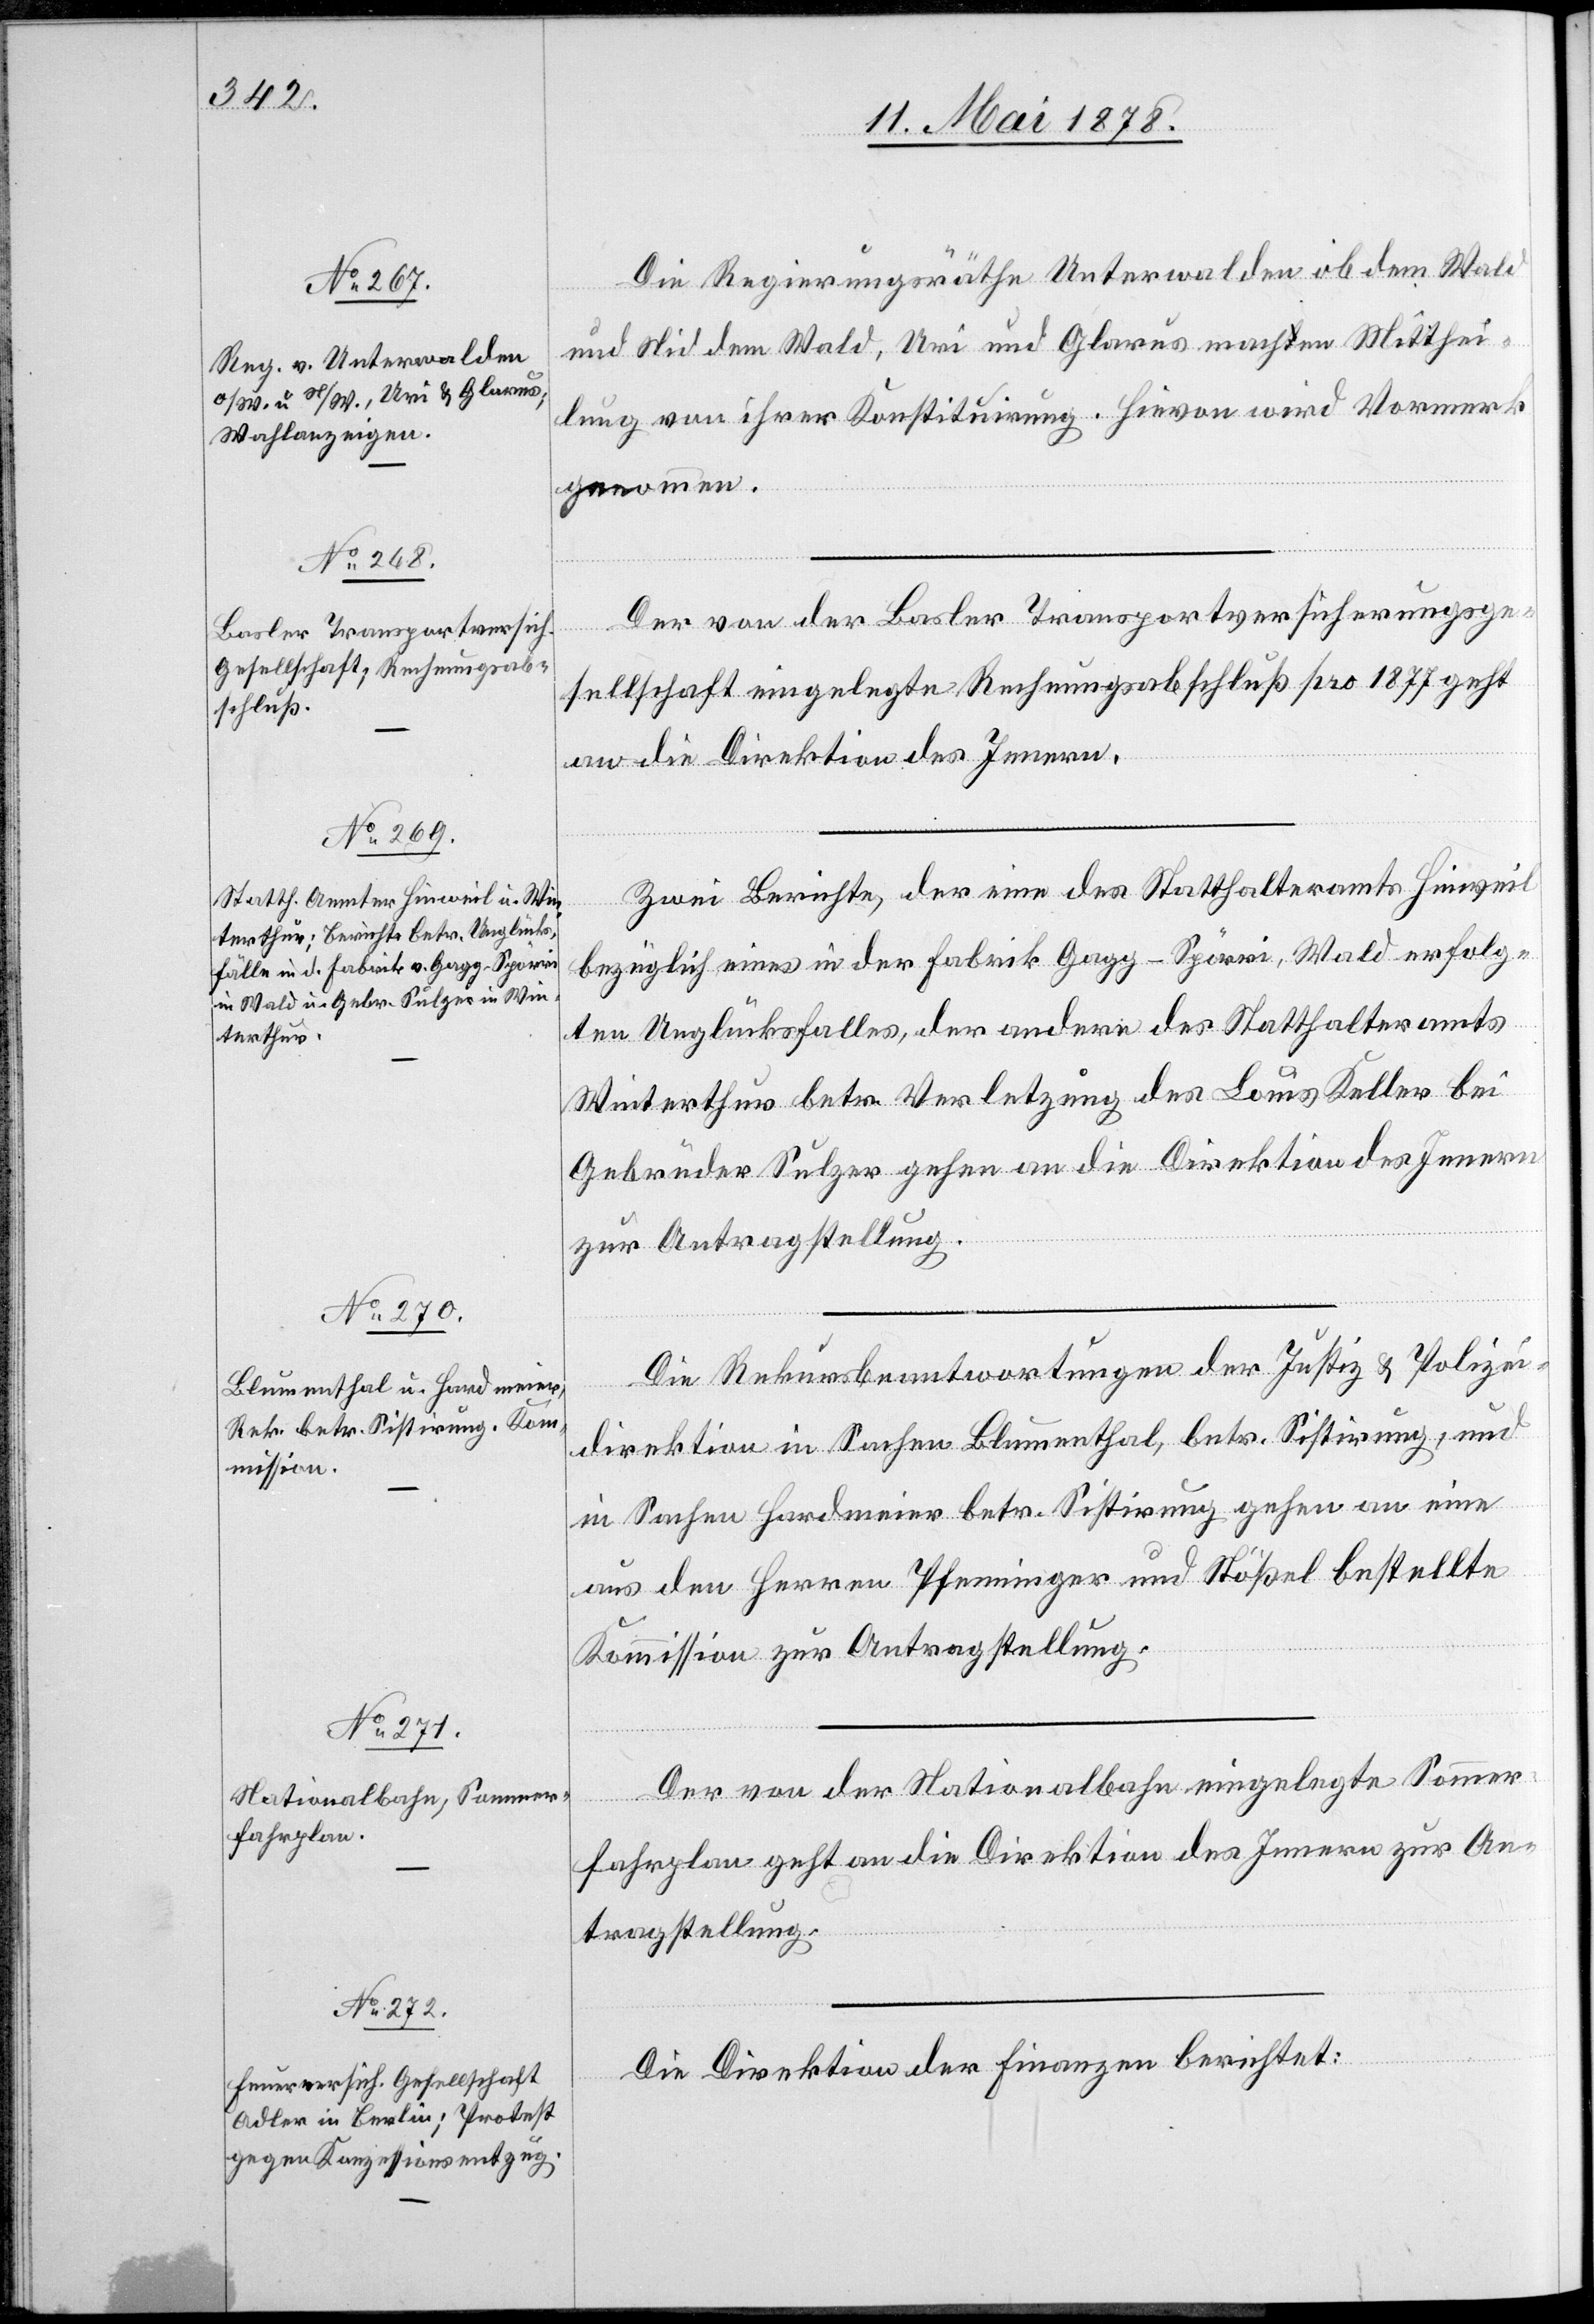
Die Regierungsräthe Unterwladen Ob dem Wald
und Nid dem Wald, Uri und Glarus machen Mitthei¬
lung von ihrer Konstituirung. Hievon wird Vormerk
genommen.
Der von der Basler Transportversicherungsge¬
sellschaft eingelegte Rechnungsabschluß pro 1877 geht
an die Direktion des Innern.
Zwei Berichte, der eine des Statthalteramtes Hinweil
bezüglich eines in der Fabrik Gagg-Spörri, Wald erfolg¬
ten Unglücksfalles, der andere des Statthalteramts
Winterthur betr. Verletzung des Louis Keller bei
Gebrüder Sulzer gehen an die Direktion des Innern
zur Antragstellung.
Die Rekursbeantwortungen der Justiz[-] & Polizei¬
direktion in Sachen Blumenthal, betr. Sistirung, und
in Sachen Hardmeier betr. Sistirung gehen an eine
aus den Herren Pfenninger und Stößel bestellte
Kommission zur Antragstellung.
Der von der Nationalbahn eingelegte Sommer¬
fahrplan geht an die Direktion des Innern zur An¬
tragstellung.
Die Direktion der Finanzen berichtet: